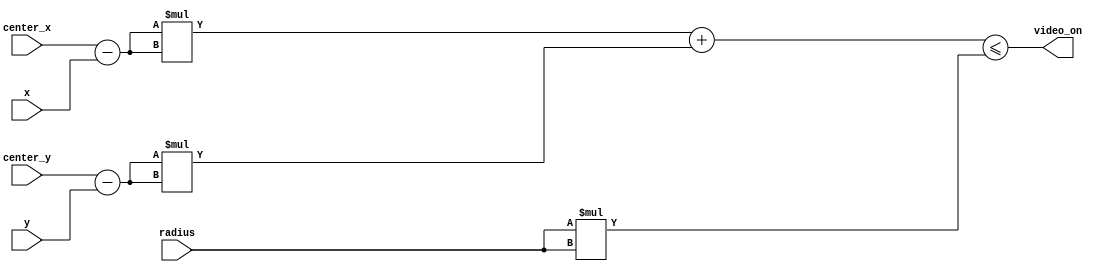
`timescale 1ns / 1ps

module renderer(
    output video_on,
    input [31:0] center_x,
    input [31:0] center_y,
    input [31:0] x,
    input [31:0] y,
    input [31:0] radius
    );
    
    assign video_on = 
        ((center_x - x) * (center_x - x) 
        + (center_y - y) * (center_y - y))
        <= (radius * radius);
endmodule